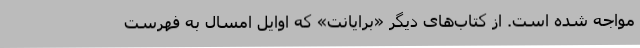
مواجه شده است. از کتاب‌های دیگر «برایانت» که اوایل امسال به فهرست